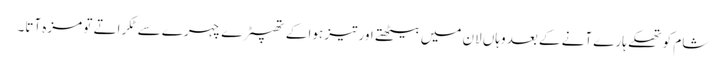
شام کو تھکے ہارے آنے کے بعد وہاں لان میں بیٹھتے اور تیز ہوا کے تھپیڑے چہرے سے ٹکراتے تو مزہ آتا۔